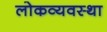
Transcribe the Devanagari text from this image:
लोकव्यवस्था